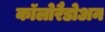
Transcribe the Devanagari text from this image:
कॉलोरैडोअन